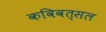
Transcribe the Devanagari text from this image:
कविवत्सल